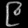
Digit: ၉